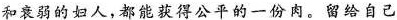
和衰弱的妇人，都能获得公平的一份肉。留给自己